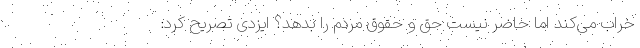
خراب می‌کند اما حاضر نیست حق و حقوق مردم را بدهد؟ ایزدی تصریح کرد: